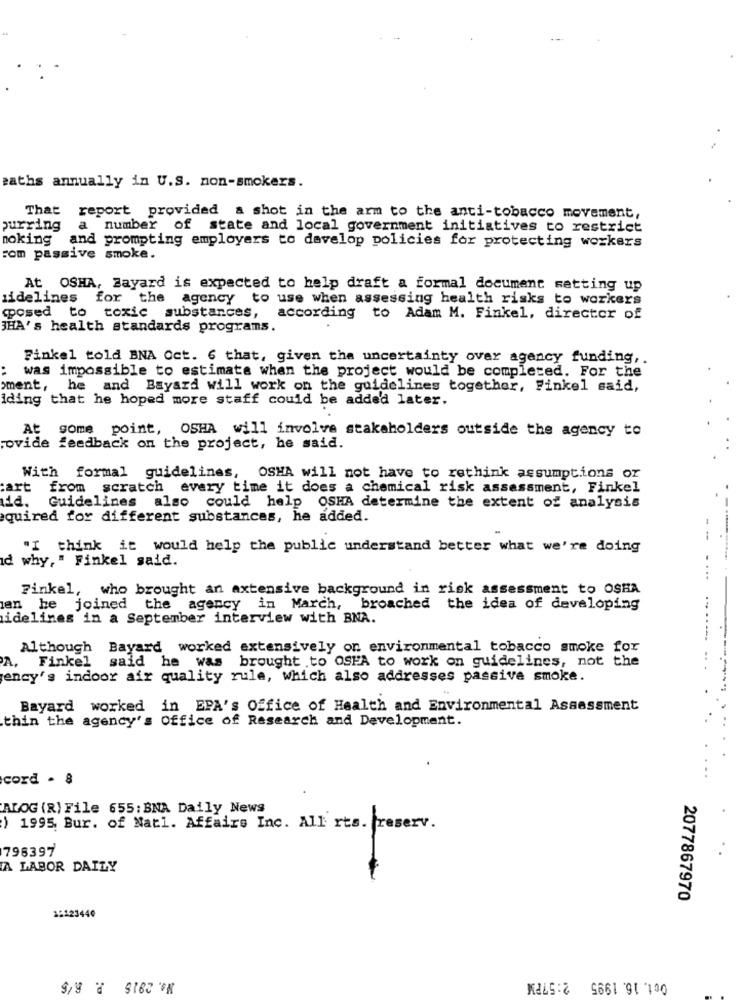
maths annually in U.S. non-smokers.
That report provided a shot in the arm to the anti-tobacco movement,
purring
a number of state and local government initiatives to restrict
moking and prompting employers to develop policies for protecting workers
com passive smoke.
At OSHA, Zayard is expected to help draft a formal document setting up
sidelines for the agency to use when assessing health risks to workers
posed to toxic substances, according to Adam M. Finkel, director of
3HA's health standards programs.
Finkel told BNA Oct. 6 that, given the uncertainty over agency funding ,.
was impossible to estimate when the project would be completed. For the
>ment, he and Bayard will work on the guidelines together, Finkel said,
iding that he hoped more staff could be added later.
At some
point,
OSHA will involve stakeholders outside the agency to
;ovide feedback on the project, he said.
With formal guidelines,
OSHA will not have to rethink assumptions or
:art
from scratch every time it does a chemical risk assessment, Finkel
Guidelines also could help OSHA determine the extent of analysis
aquired for different substances, he added.
"I think it would help the public understand better what we're doing
d why," Finkel said.
Finkel, who brought an extensive background in risk assessment to OSEA
an he joined the agency in March, broached the idea of developing
idelines in a September interview with BNA.
Although Bayard worked extensively on environmental tobacco smoke for
Finkel said he was brought .to OSHA to work on guidelines, not the
A,
ency's indoor air quality rule, which also addresses passive smoke.
Bayard worked in EPA's Office of Health and Environmental Assessment
thin the agency's Office of Research and Development.
cord . 8
ALOG (R) File 655: BNA Daily News
) 1995. Bur. of Natl. Affairs Inc. All rts. freserv.
796397
A LABOR DAILY
2077867970
12123440
Na. 2015 P. R/S
Oct. 16. 1995 2:57PM